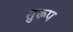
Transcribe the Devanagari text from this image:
तुरूप